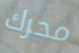
محرك